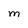
Character: M